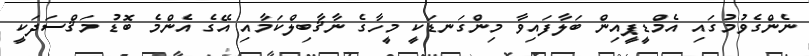
ނެންގެވުމުގައި އެމްޑީޕީއިން ބަލާފައިވާ މިންގަނޑަކީ މީހާގެ ނާޤާބިލްކަމާއި އޭގެ އެންމެ ބޮޑު މަޤްސަދަކީ